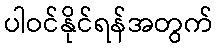
ပါဝင်နိုင်ရန်အတွက်